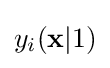
y_{i}(\mathbf {x} |1)